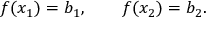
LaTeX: f ( x _ { 1 } ) = b _ { 1 } , \qquad f ( x _ { 2 } ) = b _ { 2 } .